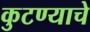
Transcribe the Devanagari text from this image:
कुटण्याचे